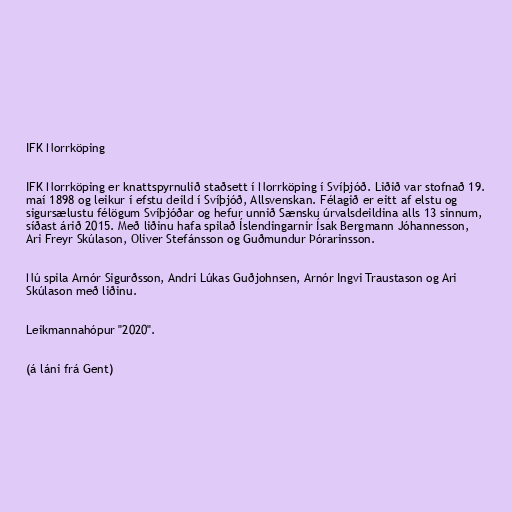
IFK Norrköping

IFK Norrköping er knattspyrnulið staðsett í Norrköping í Svíþjóð. Liðið var stofnað 19.
maí 1898 og leikur í efstu deild í Svíþjóð, Allsvenskan. Félagið er eitt af elstu og
sigursælustu félögum Svíþjóðar og hefur unnið Sænsku úrvalsdeildina alls 13 sinnum,
síðast árið 2015. Með liðinu hafa spilað Íslendingarnir Ísak Bergmann Jóhannesson,
Ari Freyr Skúlason, Oliver Stefánsson og Guðmundur Þórarinsson.

Nú spila Arnór Sigurðsson, Andri Lúkas Guðjohnsen, Arnór Ingvi Traustason og Ari
Skúlason með liðinu.

Leikmannahópur "2020".

(á láni frá Gent)